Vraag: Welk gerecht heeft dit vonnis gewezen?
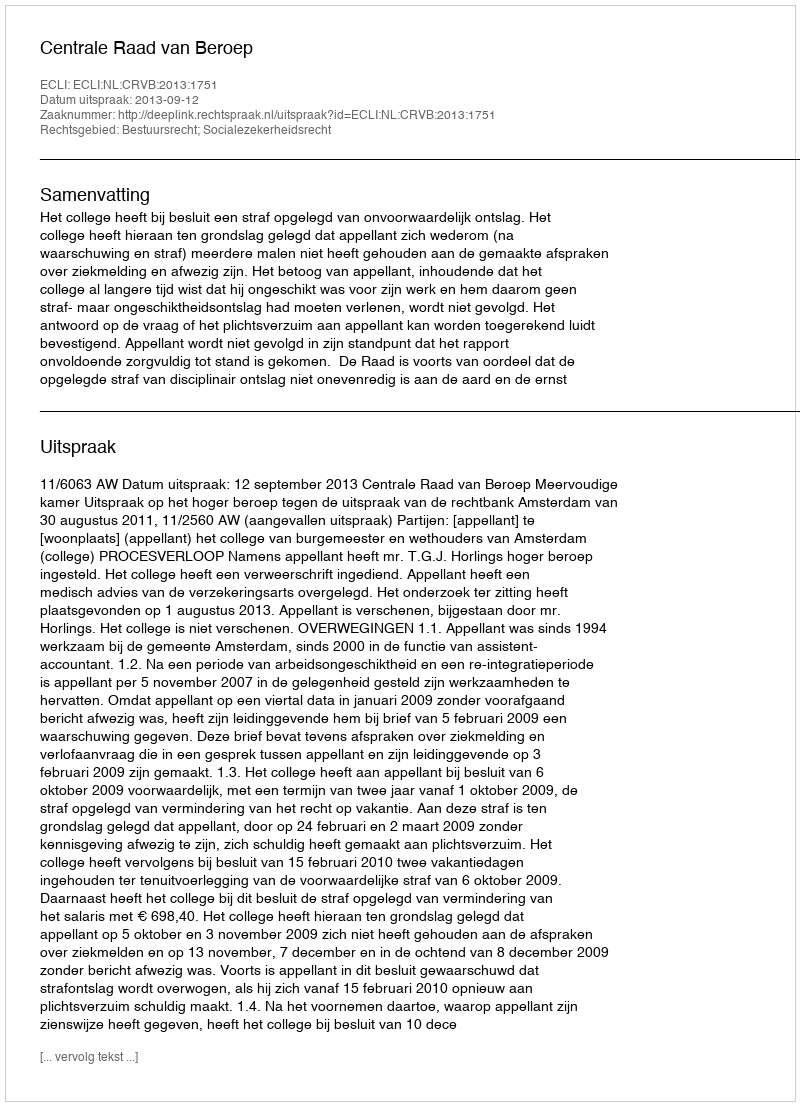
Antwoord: Centrale Raad van Beroep